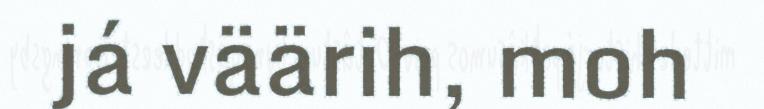
já väärih, moh